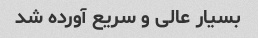
بسیار عالی و سریع آورده شد